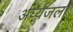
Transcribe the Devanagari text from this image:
अर्घ्यजल